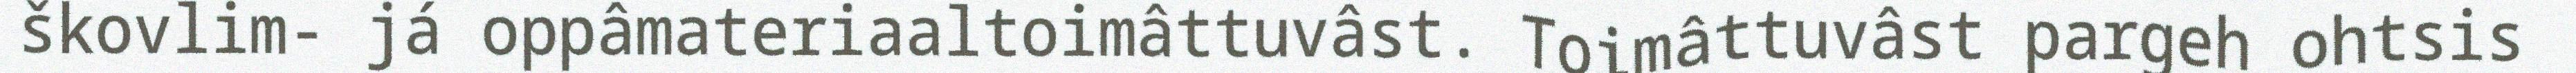
škovlim- já oppâmateriaaltoimâttuvâst. Toimâttuvâst pargeh ohtsis